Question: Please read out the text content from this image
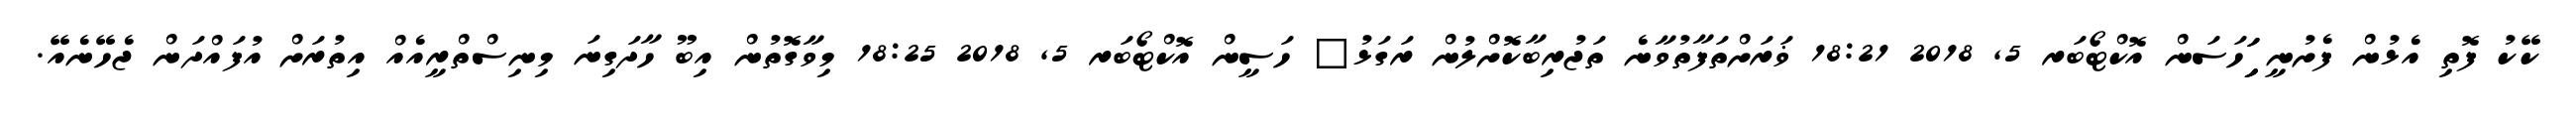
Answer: ކޭކު ފޮތި އެޅުން ފެށުނީ ިިަިަހަސަން އޮކްޓޯބަރ 5, 2018 18:21 ޥަރަށްތަފާތުވާނެ ތަޖުރިބާކޮށްލުން ރަގަޅު? ހަސީން އޮކްޓޯބަރ 5, 2018 18:25 މިވާގޮތުން އިބޫ ހާދަގިނަ މިނިސްތްރީއެއް އިތުރަށް އުފައްދަން ޖެހޭނެއޭ.